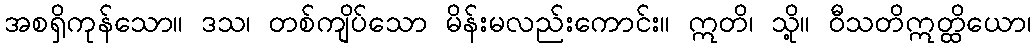
အစရှိကုန်သော။ ဒသ၊ တစ်ကျိပ်သော မိန်းမလည်းကောင်း။ ဣတိ၊ သို့။ ဝီသတိဣတ္ထိယော၊